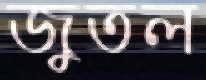
জুতল